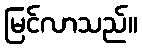
မြင်လာသည်။